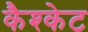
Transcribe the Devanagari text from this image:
कैश्केट